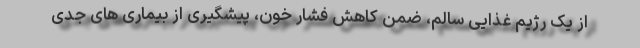
از یک رژیم غذایی سالم، ضمن کاهش فشار خون، پیشگیری از بیماری های جدی